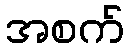
အစက်